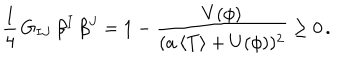
LaTeX: { \frac { 1 } { 4 } } \, G _ { I J } \, \beta ^ { I } \, \beta ^ { J } = 1 - { \frac { V ( \phi ) } { ( a \, \langle T \rangle + U ( \phi ) ) ^ { 2 } } } \geq 0 \, .